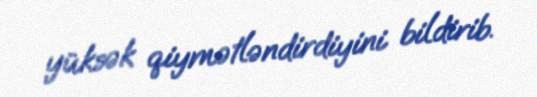
yüksək qiymətləndirdiyini bildirib.